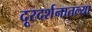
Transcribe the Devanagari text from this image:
दूरदर्शनातल्या